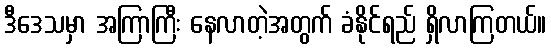
ဒီဒေသမှာ အကြာကြီး နေလာတဲ့အတွက် ခံနိုင်ရည် ရှိလာကြတယ်။